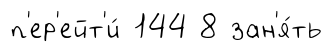
п'ер'ейт'и́ 144 8 зан'я́ть